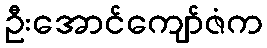
ဦးအောင်ကျော်ဇံက